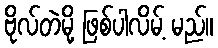
ဗိုလ်တဲမို့ ဖြစ်ပါလိမ့် မည်။